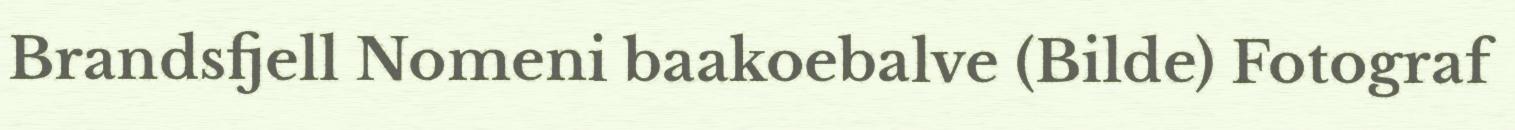
Brandsfjell Nomeni baakoebalve (Bilde) Fotograf